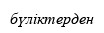
бүліктерден